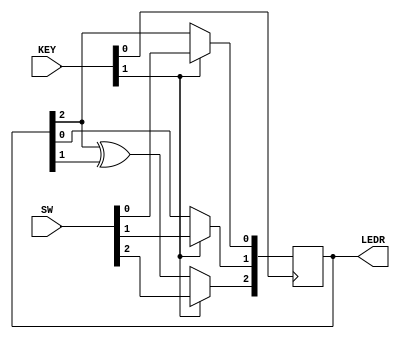
module top_module (
	input [2:0] SW,      // R
	input [1:0] KEY,     // L and clk
	output [2:0] LEDR);  // Q

    always @(posedge KEY[0]) begin
        LEDR[0] <= KEY[1] == 1 ? SW[0] : LEDR[2];
        LEDR[1] <= KEY[1] == 1 ? SW[1] : LEDR[0];
        LEDR[2] <= KEY[1] == 1 ? SW[2] : LEDR[2] ^ LEDR[1];
    end

endmodule